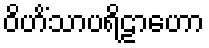
ဝိဟိံသာပရိဠာဟော